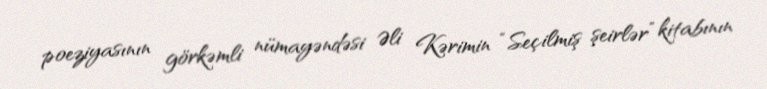
poeziyasının görkəmli nümayəndəsi Əli Kərimin “Seçilmiş şeirlər” kitabının